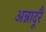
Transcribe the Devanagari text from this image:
अन्नादूरै